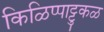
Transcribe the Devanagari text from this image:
किळिप्पाट्टुकळ